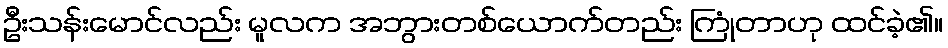
ဦးသန်းမောင်လည်း မူလက အဘွားတစ်ယောက်တည်း ကြုံတာဟု ထင်ခဲ့၏။